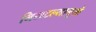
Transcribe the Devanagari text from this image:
निसटल्यामुळे